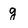
Character: g